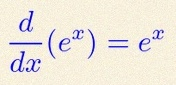
\frac{d}{dx}(e^x)=e^x